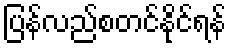
ပြန်လည်စတင်နိုင်ရန်